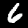
Digit: 6